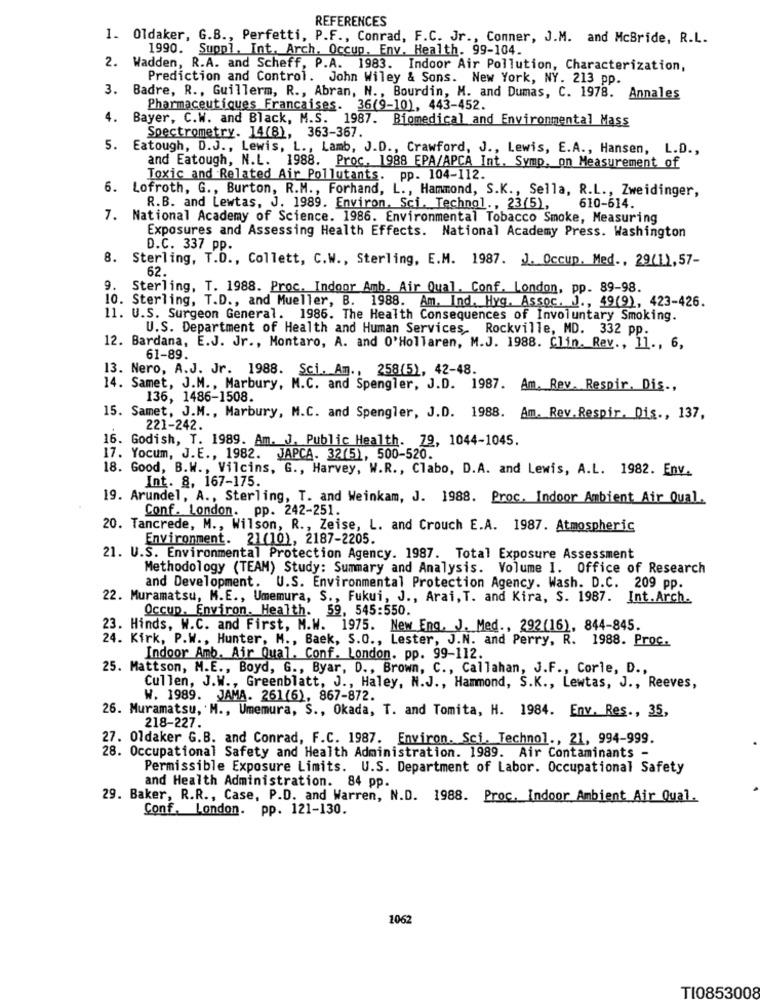
REFERENCES
1. Oldaker, G.B ., Perfetti, P.F ., Conrad, F.C. Jr ., Conner, J.M. and McBride, R.L.
1990. Suppl. Int. Arch. Occup. Env. Health. 99-104.
2. Wadden, R.A. and Scheff, P.A. 1983. Indoor Air Pollution, Characterization,
Prediction and Control. John Wiley & Sons. New York, NY. 213 pp.
3. Badre, R ., Guillerm, R ., Abran, N ., Bourdin, M. and Dumas, C. 1978. Annales
Pharmaceutiques Francaises. 36(9-10), 443-452.
4. Bayer, C.W. and Black, M.S. 1987. Biomedical and Environmental Mass
Spectrometry. 14(8), 363-367.
5.
Eatough, D.J ., Lewis, L ., Lamb, J.D ., Crawford, J ., Lewis, E.A ., Hansen, L.D .,
and Eatough, N.L. 1988. Proc, 1988 EPA/APCA Int. Symp. on Measurement of
Toxic and Related Air Pollutants. pp. 104-112.
6. Lofroth, G ., Burton, R.M ., Forhand, L ., Hammond, S.K ., Sella, R.L ., Zweidinger,
R.B. and Lewtas, J. 1989. Environ. Sci. Technol ., 23(5),
610-614.
National Academy of Science. 1986. Environmental Tobacco Smoke, Measuring
Exposures and Assessing Health Effects. National Academy Press. Washington
D.C. 337 pp.
8. Sterling, T.D ., Collett, C.W ., Sterling, E.M. 1987. J. Occup. Med ., 29/11,57-
62.
9. Sterling, T. 1988. Proc. Indoor Amb. Air Qual. Conf. London, pp. 89-98.
10. Sterling, T.D ., and Mueller, B. 1988. Am, Ind. Hyg. Assoc. J ., 49(9), 423-426.
11. U.S. Surgeon General. 1986. The Health Consequences of Involuntary Smoking.
U.S. Department of Health and Human Services, Rockville, MD. 332 pp.
12. Bardana, E.J. Jr ., Montaro, A. and 0'Hollaren, M.J. 1988. Clin. Rev ., 11 ., 6,
61-89.
13. Nero, A.J. Jr. 1988. Sci. Am ., 258(5), 42-48.
14. Samet, J.M ., Marbury, M.C. and Spengler, J.D. 1987. Am. Rev. Respir. Dis .,
136, 1486-1508.
15. Samet, J.M ., Marbury, M.C. and Spengler, J.D. 1988. Am. Rev.Respir, Dis ., 137,
221-242.
16. Godish, T. 1989. Am. J. Public Health. 79, 1044-1045.
17. Yocum, J.E ., 1982. JAPCA. 32(5), 500-520.
18. Good, B.W ., Vilcins, G ., Harvey, W.R ., Clabo, D.A. and Lewis, A.L. 1982. Env.
Int. 8, 167-175.
19. Arundel, A ., Sterling, T. and Weinkam, J. 1988. Proc. Indoor Ambient Air Qual.
Conf. London. pp. 242-251.
20. Tancrede, M ., Wilson, R ., Zeise, L. and Crouch E.A. 1987. Atmospheric
Environment. 21(10), 2187-2205.
21. U.S. Environmental Protection Agency. 1987. Total Exposure Assessment
Methodology (TEAM) Study: Summary and Analysis. Volume I. Office of Research
and Development. U.S. Environmental Protection Agency. Wash. D.C. 209 pp.
22. Muramatsu, M.E ., Umemura, S ., Fukui, J ., Arai, T. and Kira, S. 1987. Int.Arch.
Occup. Environ. Health. 59, 545:550.
23. Hinds, W.C. and First, M.W. 1975. New Eng. J. Med ., 292(16), 844-845.
24. Kirk, P.W ., Hunter, M ., Baek, S.O ., Lester, J.N. and Perry, R. 1988. Proc.
Indoor Amb. Air Qual. Conf. London. pp. 99-112.
25. Mattson, M.E ., Boyd, G ., Byar, D ., Brown, C ., Callahan, J.F ., Corle, D .,
Cullen, J.W ., Greenblatt, J ., Haley, N.J ., Hammond, S.K ., Lewtas, J ., Reeves,
V. 1989. JAMA. 261(6), 867-872.
26. Muramatsu, M ., Umemura, S ., Okada, T. and Tomita, H. 1984. Env. Res ., 35,
218-227.
27. Oldaker G.B. and Conrad, F.C. 1987. Environ. Sci. Technol ., 21, 994-999.
28. Occupational Safety and Health Administration. 1989. Air Contaminants -
Permissible Exposure Limits. U.S. Department of Labor. Occupational Safety
and Health Administration. 84 pp.
29. Baker, R.R ., Case, P.D. and Warren, N.D. 1988. Proc, Indoor Ambient Air Qual.
Conf. London. pp. 121-130.
1062
TI0853008